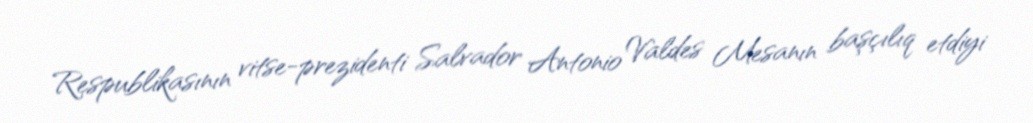
Respublikasının vitse-prezidenti Salvador Antonio Valdes Mesanın başçılıq etdiyi